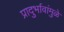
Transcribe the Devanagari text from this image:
प्रादुर्भावांमुळे